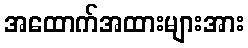
အထောက်အထားများအား